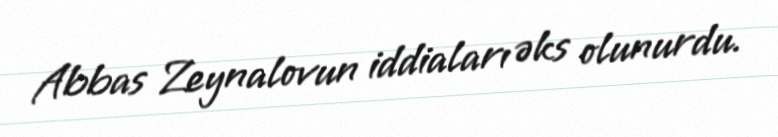
Abbas Zeynalovun iddiaları əks olunurdu.